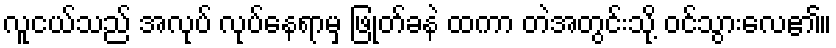
လူငယ်သည် အလုပ် လုပ်နေရာမှ ဖြုတ်ခနဲ ထကာ တဲအတွင်းသို့ ဝင်သွားလေ၏။